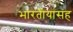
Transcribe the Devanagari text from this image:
भारतीयांसह